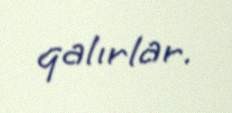
qalırlar.